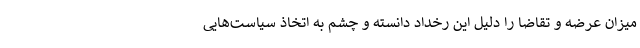
میزان عرضه و تقاضا را دلیل این رخداد دانسته و چشم به اتخاذ سیاست‌هایی